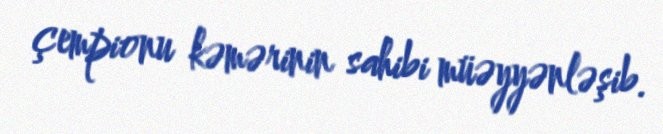
çempionu kəmərinin sahibi müəyyənləşib.